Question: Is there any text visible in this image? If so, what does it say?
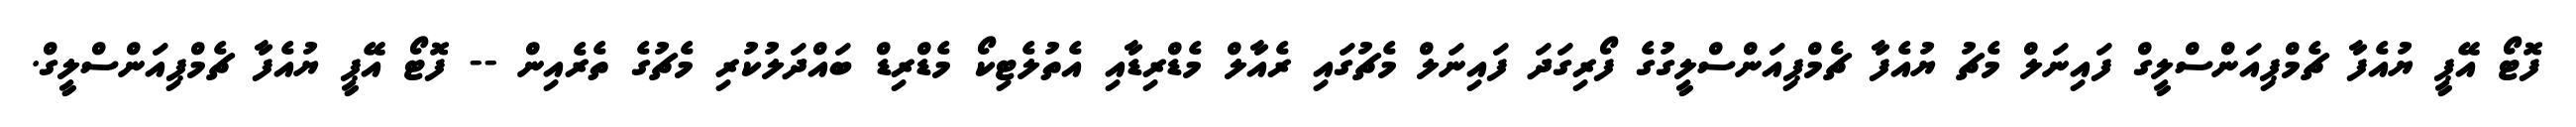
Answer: ފޮޓޯ އޭޕީ ޔުއެފާ ޗެމްޕިއަންސްލީގް ފައިނަލް މެޗު ޔުއެފާ ޗެމްޕިއަންސްލީގުގެ ފޯރިގަދަ ފައިނަލް މެޗުގައި ރެއާލް މެޑްރިޑާއި އެތުލެޓިކޯ މެޑްރިޑް ބައްދަލުކުރި މެޗުގެ ތެރެއިން -- ފޮޓޯ އޭޕީ ޔުއެފާ ޗެމްޕިއަންސްލީގް.